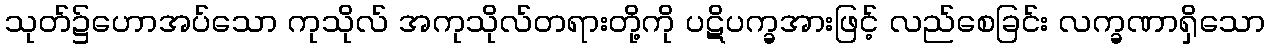
သုတ်၌ဟောအပ်သော ကုသိုလ် အကုသိုလ်တရားတို့ကို ပဋိပက္ခအားဖြင့် လည်စေခြင်း လက္ခဏာရှိသော